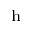
^ \mathrm { h }